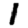
Digit: 1